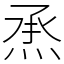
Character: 𤉋